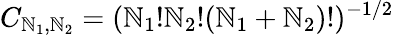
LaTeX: C_{\mathbb{N}_{1},\mathbb{N}_{2}}=(\mathbb{N}_{1}!\mathbb{N}_{2}!(\mathbb{N}_{1}+\mathbb{N}_{2})!)^{-1/2}